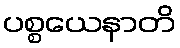
ပစ္စယေနာတိ